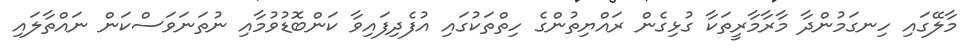
މާލޭގައި ހިނގަމުންދާ މާރާމާރީތަކާ ގުޅިގެން ރައްޔިތުންގެ ހިތްތަކުގައި އުފެދިފައިވާ ކަންބޮޑުވުމާއި ނުތަނަވަސްކަން ނައްތާލައި